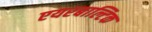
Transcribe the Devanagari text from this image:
एयरबाल्टिक